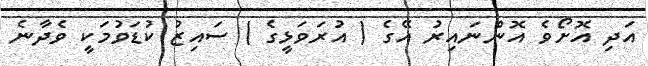
އަދި އޮށޯވެ އޮންނައިރު އޭގެ ( އުރަވަޅީގެ ) ސައިޒު ކުޑަވުމަކީ ވެދާނެ